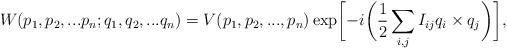
LaTeX: \begin{align*}W(p_1,p_2,...p_n;q_1,q_2,...q_n)=V(p_1,p_2,...,p_n)\exp\biggl[-i\biggl(\frac{1}{2}\sum_{i,j}I_{ij}q_i\times q_j\biggr)\biggr],\end{align*}